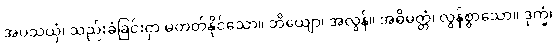
အပသယှံ၊ သည်းခံခြင်းငှာ မတတ်နိုင်သော။ ဘိယျော၊ အလွန်။ အဓိမတ္တံ၊ လွန်စွာသော။ ဒုက္ခံ၊